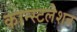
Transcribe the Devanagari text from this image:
कान्स्टलेशन